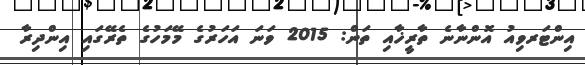
އިންޓަރވިއު އޮންނާނެ ތާރީޚާއި ތަން: 2015 ވަނަ އަހަރުގެ މޭމަހުގެ ތެރޭގައި އިންދިރާ